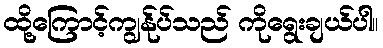
ထို့ကြောင့်ကျွန်ုပ်သည် ကိုရွေးချယ်ပါ။